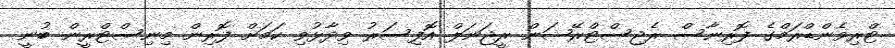
ޓްރިވެންޑްރަމްގެ ފޮރިނާސް ރެޖިސްޓްރޭޝަން ރީޖަނަލް އޮފިސަރު ވިދާޅުވި ކަމަށް ފޮރިން މިނިސްޓްރީން ބުނީ